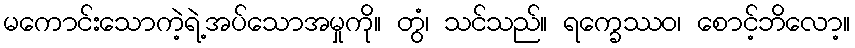
မကောင်းသောကဲ့ရဲ့အပ်သောအမှုကို။ တွံ၊ သင်သည်။ ရက္ခေဿဝ၊ စောင့်ဘိလော့။